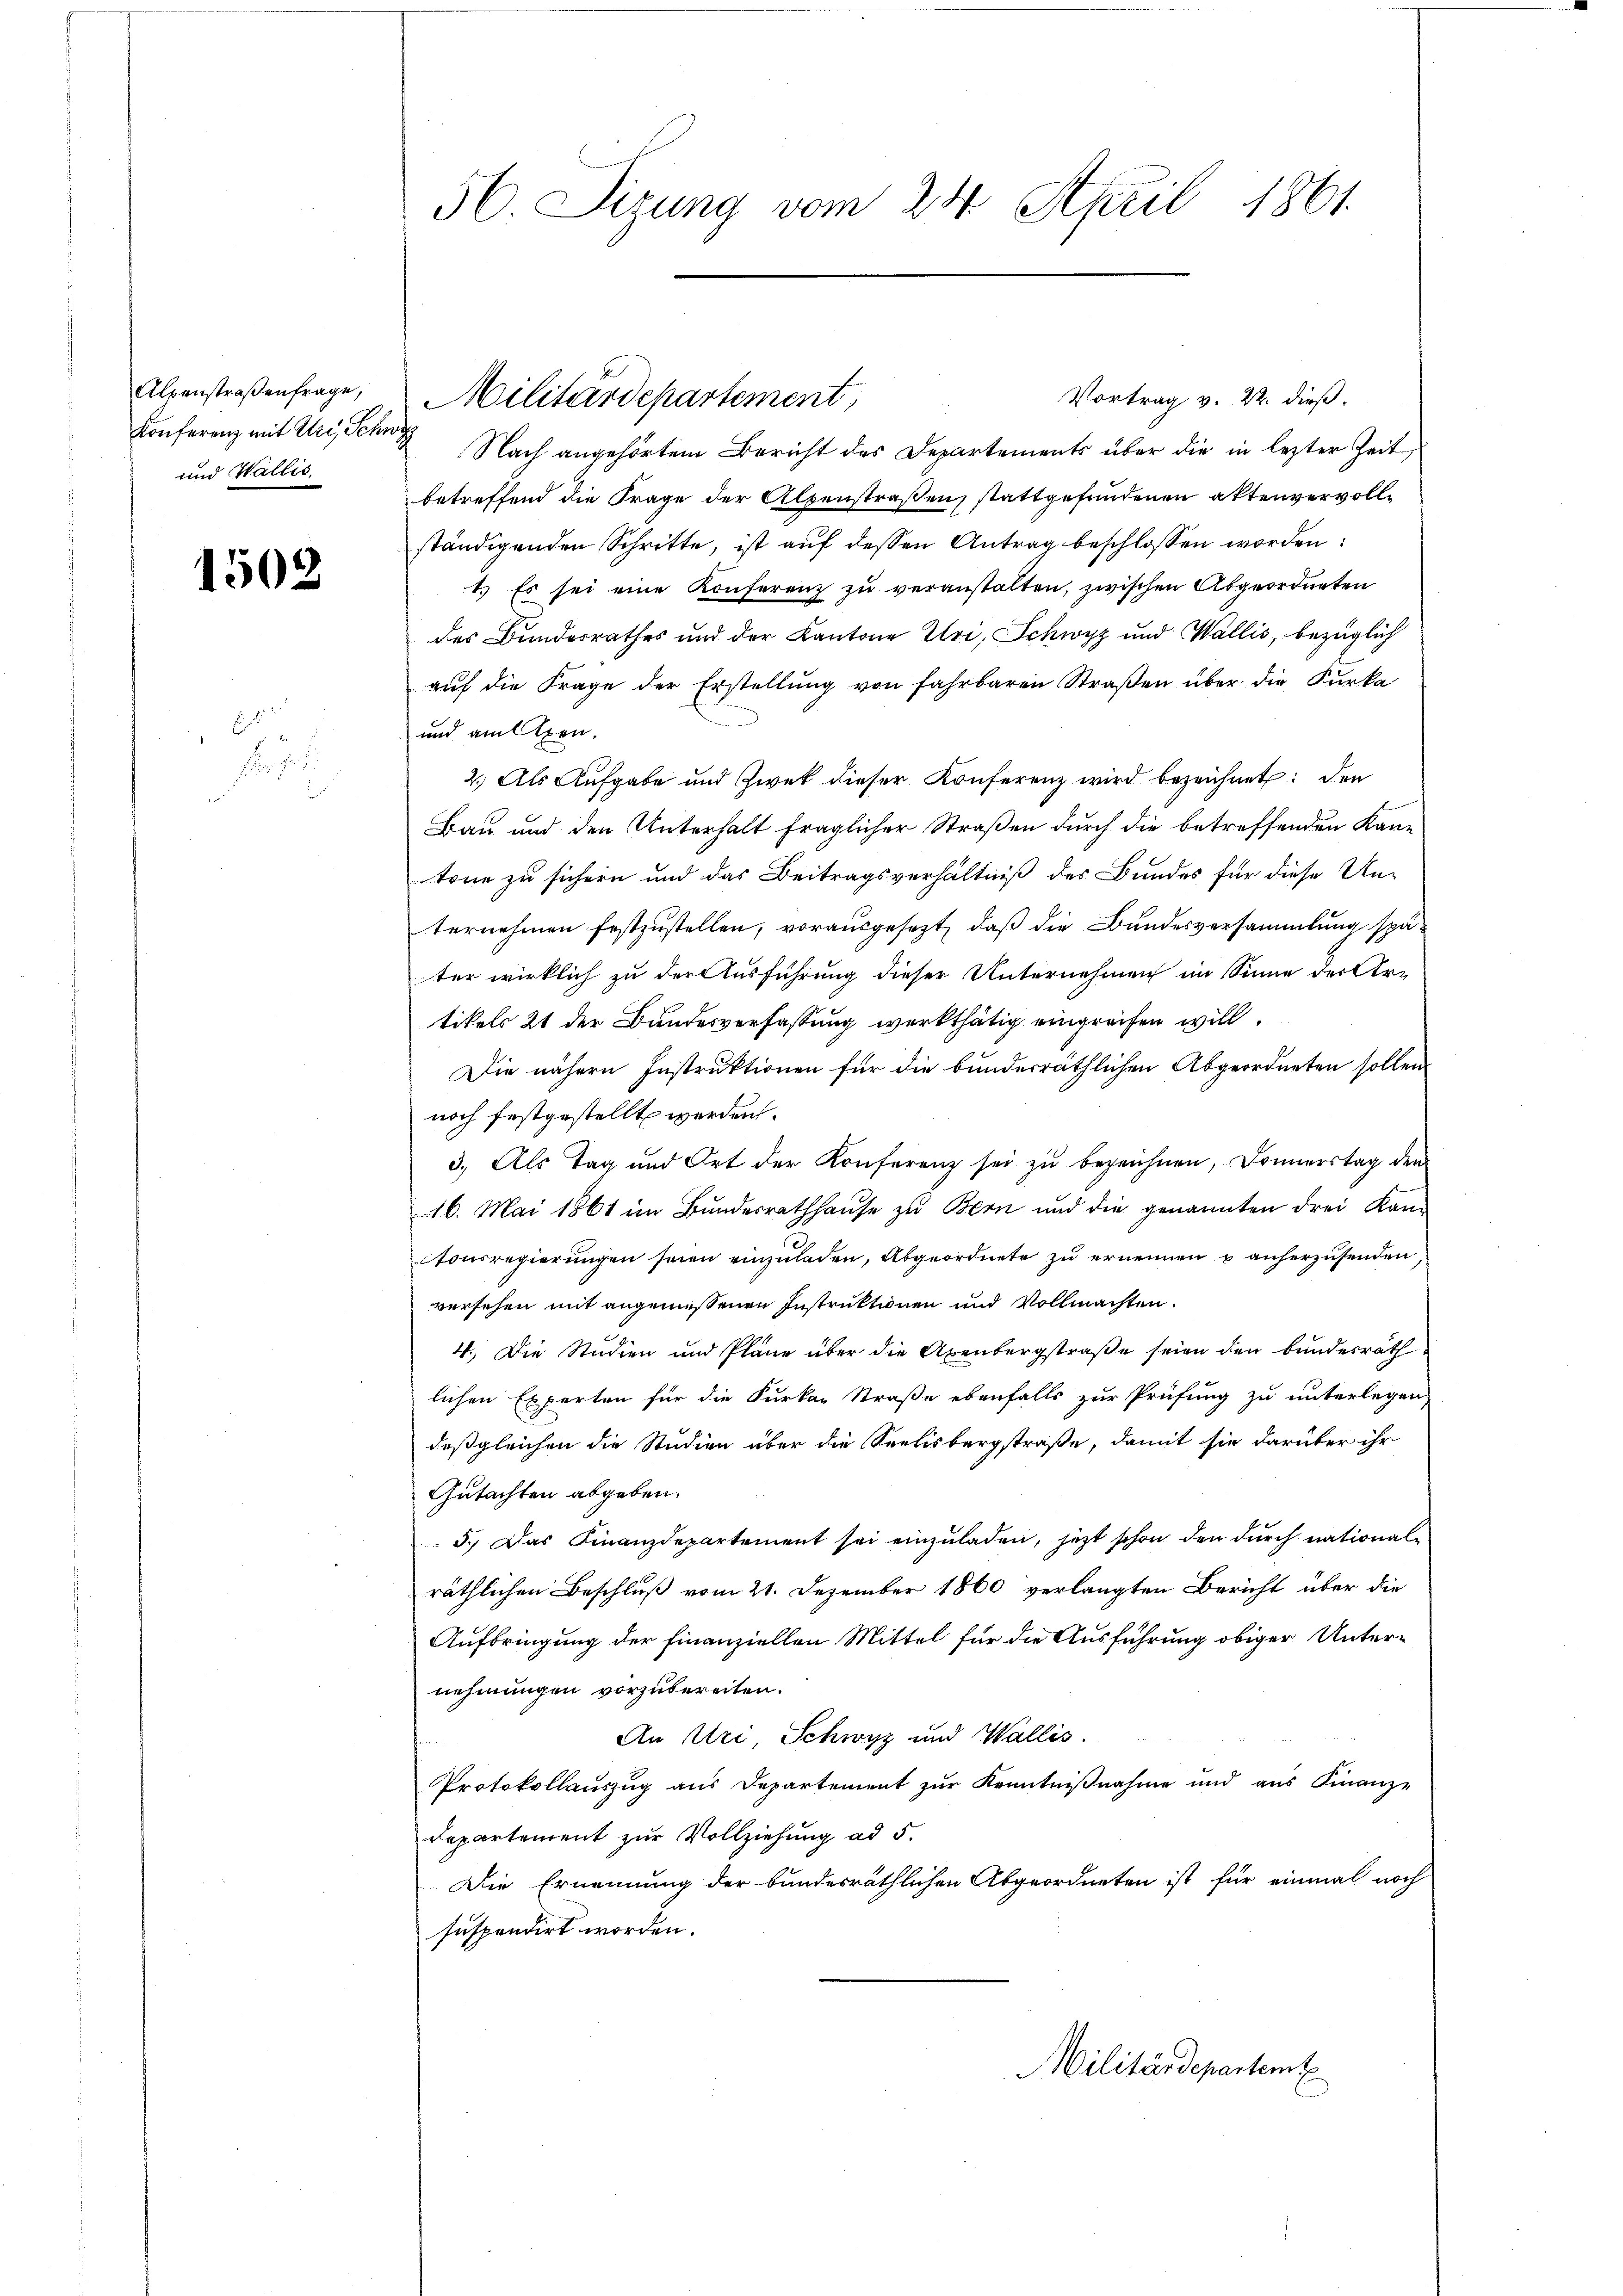
Alpenstraßenfrage,
und Wallis,

1502

E

56. Sizung vom 24. April 1861.

Vortrag v. 22. dieß.
Konferenz mit Uri, Schen Nach angehörtem Bericht des Departements über die in lezter Zeit,
betreffend die Frage der Alpenstraßen, stattgefundenen aktenvervollständigenden Schritte, ist auf dessen Antrag beschlossen worden:
1.) Es sei eine Konferenz zu veranstalten, zwischen Abgeordneten
des Bundesrathes und der Kantone Uri, Schwyz und Wallis, bezüglich
aŭf die Frage der Erstellŭng von fahrbaren Straβen über die Furka
und am lexen.
2.) Als Aufgabe und Zwek dieser Konferenz wird bezeichnet: den
Bau und den Unterhalt fraglicher Straßen durch die betreffenden Kan-
tone zu sichern und das Beitragsverhältniß des Bundes für diese Unternehmen festzustellen, vorausgesezt, daß die Bundesversammlung später wirklich zu der Ausführung dieser Unternehmen im Sinne der Artikels 21 der Bundesverfassung werkthätig eingreifen will.
Die nähern Instruktionen für die bunderräthlichen Abgeordneten sollen.
noch festgestellt werden.
3.) Als Tag und Ort der Konferenz sei zu bezeichnen, Donnerstag den
16. Mai 1861 im Bŭndesrathhaŭse zu Bern und die genannten drei Kan-
tonsregierŭngen seien einzŭladen, Abgeordnete zŭ ernennen u anherzusenden,
versehen mit angemessenen Instruktionen und Vollmachten.
4.) Die Studien und Pläne über die Axenbergstraße seien den Bundesrath
lichen Experten für die Furkar Straße ebenfalls zur Prüfung zu unterlegen,
deßgleichen die Studien über die Seelisbergstraße, damit sie darüber ihr
Gutachten abgeben.
5.) Das Finanzdepartement sei einzŭladen, jetzt schon den dŭrch national-
räthlichen Beschluß vom 21. Dezember 1860 verlangten Bericht über die
Aufbringung der Finanziellen Mittel für die Ausführung obiger Unter-
nehmungen vorzubereiten.
An Uri, Schwyz und Wallis.
Protokollauszug aus Departement zur Kenntnißnahme und aus Finanze
Departement zur Vollziehung ad 5.
Die Ernennung der bundesräthlichen Abgeordneten ist für einmal noch
suspendirt worden.

Militärdepartement,

Militärdepartem t